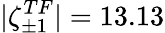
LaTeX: |\zeta_{\pm 1}^{TF}|=13.13